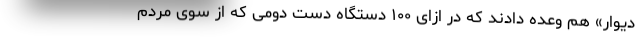
دیوار» هم وعده دادند که در ازای ۱۰۰ دستگاه دست دومی که از سوی مردم